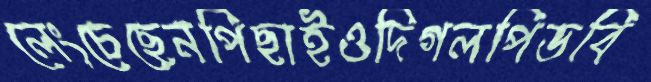
লেংচেছেনপিছাইওদিগলপিডবি